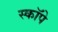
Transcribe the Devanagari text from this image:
स्कॉपे